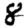
Digit: 8